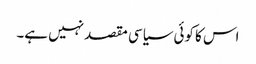
اس کا کوئی سیاسی مقصد نہیں ہے۔